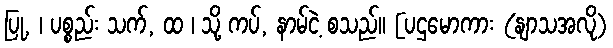
ပြု, ၊ ပစ္စည်း သက်, ထ ၊ သို့ ကပ်, နာမ်ငဲ့ စသည်။ [ပဌမောကား (နျာသအလို)